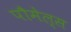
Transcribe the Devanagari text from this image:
पौमेल्स